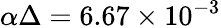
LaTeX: \alpha\Delta=6.67\times 10^{-3}